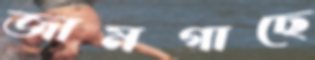
জামগাছে